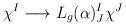
LaTeX: \begin{align*}\chi^I\longrightarrow L_g(\alpha )^I_J\chi^J \end{align*}